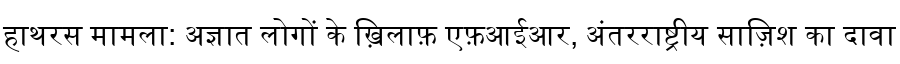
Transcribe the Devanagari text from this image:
हाथरस मामला: अज्ञात लोगों के ख़िलाफ़ एफ़आईआर, अंतरराष्ट्रीय साज़िश का दावा